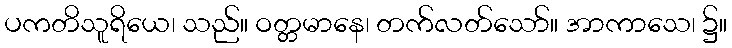
ပကတိသူရိယေ၊ သည်။ ဝတ္တမာနေ၊ တက်လတ်သော်။ အာကာသေ၊ ၌။